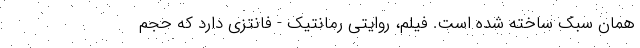
همان سبک ساخته شده است. فیلم، روایتی رمانتیک - فانتزی دارد که حجم